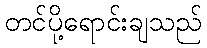
တင်ပို့ရောင်းချသည်